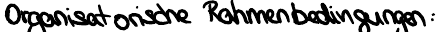
Organisatorische Rahmenbedingungen: